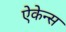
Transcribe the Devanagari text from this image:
ऐकेन्स